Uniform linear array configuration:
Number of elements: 4
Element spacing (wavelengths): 1
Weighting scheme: cosine
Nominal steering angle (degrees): -45
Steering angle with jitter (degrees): -46.216
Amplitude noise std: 0.05
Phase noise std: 0.05

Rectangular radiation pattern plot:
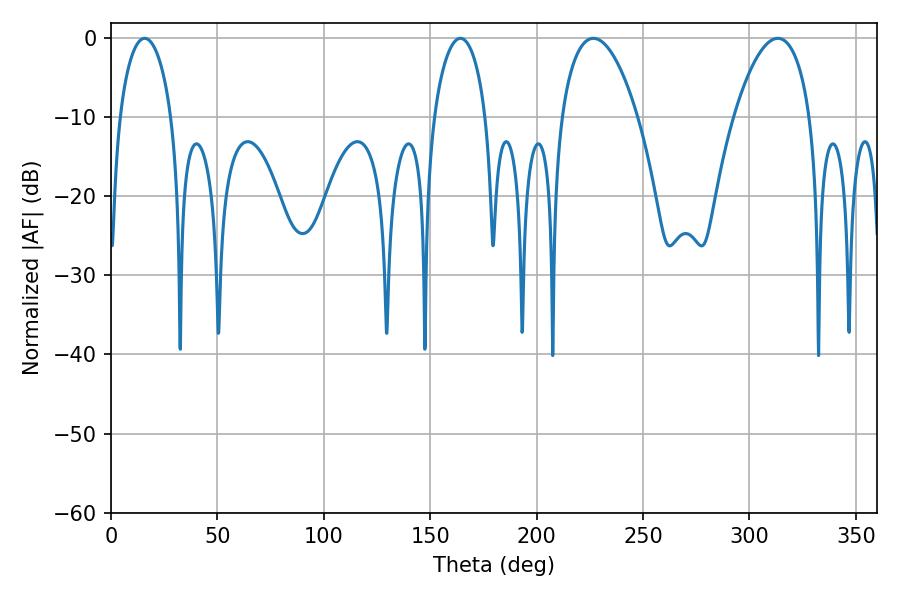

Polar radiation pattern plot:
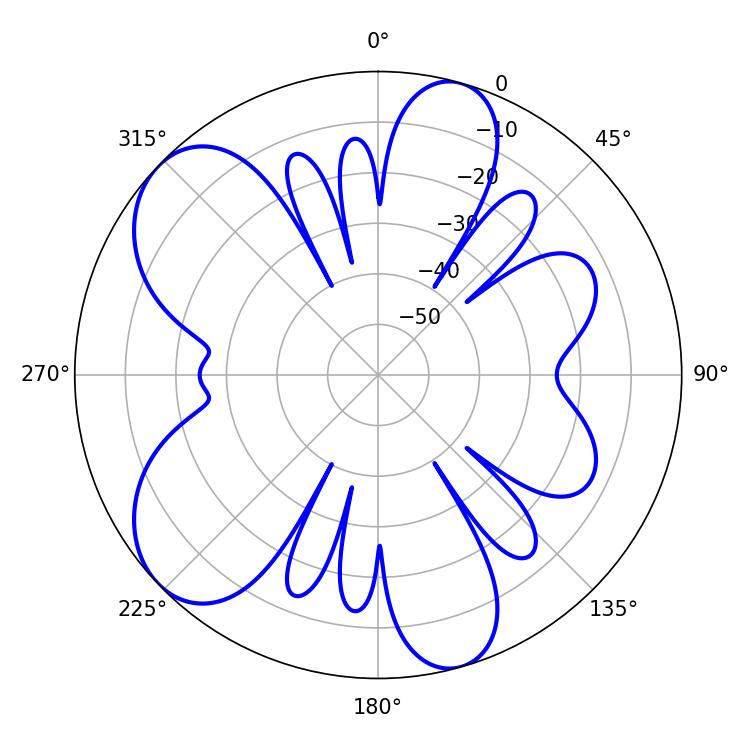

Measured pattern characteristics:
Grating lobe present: TRUE
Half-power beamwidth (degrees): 13.86
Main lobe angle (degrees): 15.84